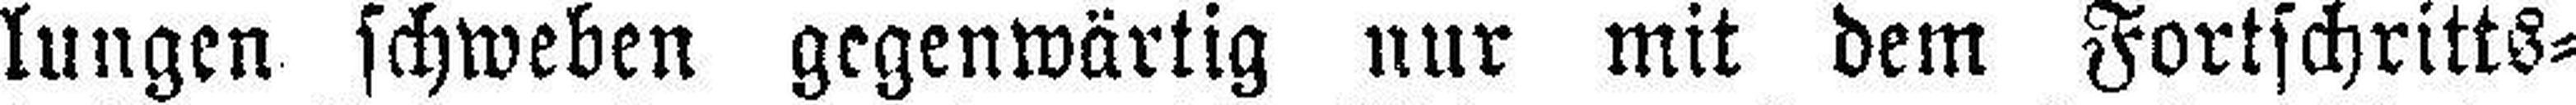
lungen schweben gegenwärtig nur mit dem Fortschritts¬